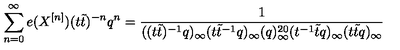
\sum _ { n = 0 } ^ { \infty } e ( X ^ { [ n ] } ) ( t \tilde { t } ) ^ { - n } q ^ { n } = \frac { 1 } { ( ( t \tilde { t } ) ^ { - 1 } q ) _ { \infty } ( t \tilde { t } ^ { - 1 } q ) _ { \infty } ( q ) _ { \infty } ^ { 2 0 } ( t ^ { - 1 } \tilde { t } q ) _ { \infty } ( t \tilde { t } q ) _ { \infty } }